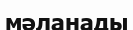
мәланады